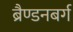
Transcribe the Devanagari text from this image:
ब्रैण्डनबर्ग